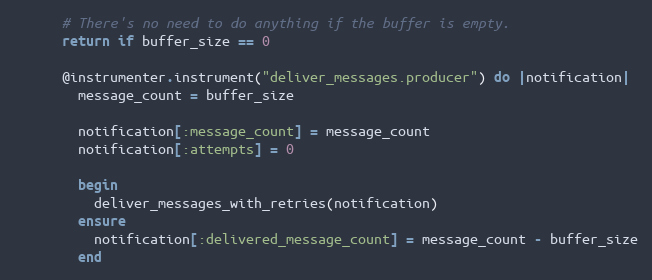
Language: Ruby
      # There's no need to do anything if the buffer is empty.
      return if buffer_size == 0

      @instrumenter.instrument("deliver_messages.producer") do |notification|
        message_count = buffer_size

        notification[:message_count] = message_count
        notification[:attempts] = 0

        begin
          deliver_messages_with_retries(notification)
        ensure
          notification[:delivered_message_count] = message_count - buffer_size
        end